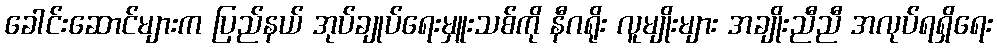
ခေါင်းဆောင်များက ပြည်နယ် အုပ်ချုပ်ရေးမှူးသစ်ကို နီဂရိုး လူမျိုးများ အချိုးညီညီ အလုပ်ရရှိရေး